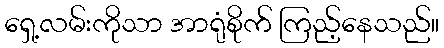
ရှေ့လမ်းကိုသာ အာရုံစိုက် ကြည့်နေသည်။